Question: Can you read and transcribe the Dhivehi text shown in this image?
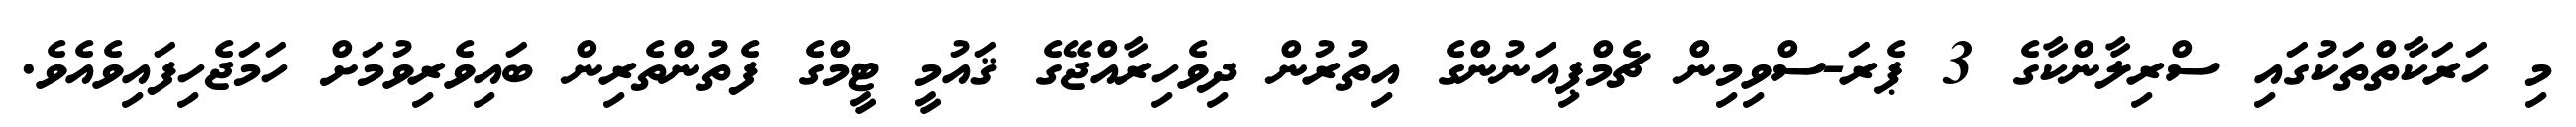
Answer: މި ހަރަކާތްތަކުގައި ސްރިލާންކާގެ 3 ޕެރަ-ސްވިމިން ޗެމްޕިއަނުންގެ އިތުރުން ދިވެހިރާއްޖޭގެ ޤައުމީ ޓީމްގެ ފެތުންތެރިން ބައިވެރިވުމަށް ހަމަޖެހިފައިވެއެވެ.